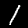
Digit: 1